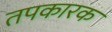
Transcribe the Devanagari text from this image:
तपकारक